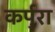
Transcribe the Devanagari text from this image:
कर्पुरा